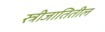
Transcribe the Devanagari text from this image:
स्त्रीजातितील